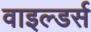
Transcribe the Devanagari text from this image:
वाइल्डर्स